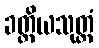
ခတ္တိယသုတ္တံ